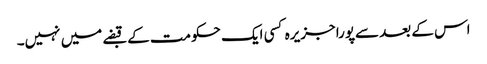
اس کے بعد سےپورا جزیرہ کسی ایک حکومت کے قبضے میں نہیں۔